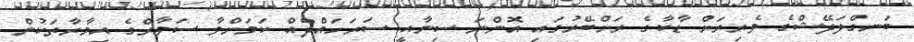
ބަނގްލަދޭޝްގެ ވެރިރަށް ޑާކާގެ ރަށްބޭރުގައި އޮންނަ ސިނާއީ ސަރަހައްދެއް ކަމަށްވާ ސަވާރްގެ އިމާރާތަކުން